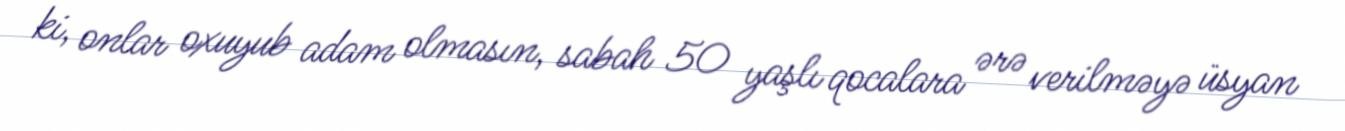
ki, onlar oxuyub adam olmasın, sabah 50 yaşlı qocalara ərə verilməyə üsyan